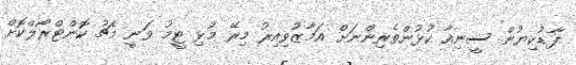
ފާޑުކިޔުން ސީނިއާ ކުޅުންތެރިންނަށް އަމާޒުވިިއިރު މިރޭ މުޅި ޓީމު ވަނީ މެޗު ކޮންޓްރޯލްކޮށް